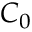
C _ { 0 }